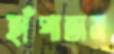
হাঁপাতাম